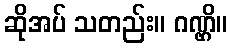
ဆိုအပ် သတည်း။ ဂဏ္ဌိ။